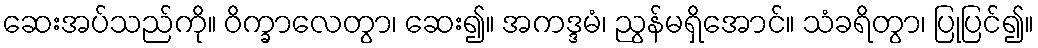
ဆေးအပ်သည်ကို။ ဝိက္ခာလေတွာ၊ ဆေး၍။ အကဒ္ဒမံ၊ ညွန်မရှိအောင်။ သံခရိတွာ၊ ပြုပြင်၍။